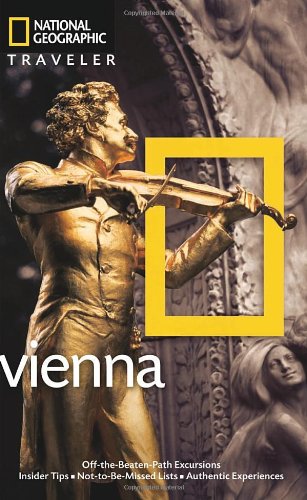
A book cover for National Geographic Traveler: Vienna; Sarah Woods; Travel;